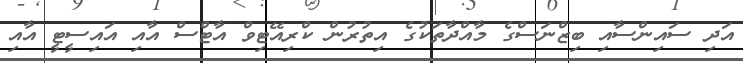
އަދި ސައިންސާއި ބިޒްނަސްގެ މާއްދާތަކުގެ އިތުރުން ކްރިއޭޓިވް އާޓްސް އާއި އައިސީޓީ އާއި